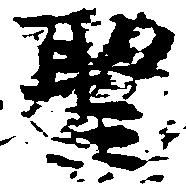
聖